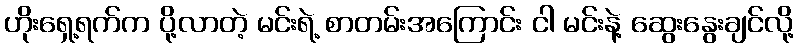
ဟိုးရှေ့ရက်က ပို့လာတဲ့ မင်းရဲ့ စာတမ်းအကြောင်း ငါ မင်းနဲ့ ဆွေးနွေးချင်လို့